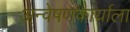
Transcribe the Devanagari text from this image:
अन्वेषणकार्याला